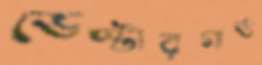
ভেস্টারগার্ড